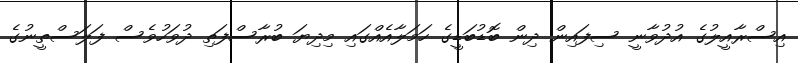
އިސްރާއީލުގެ އުދުވާނީ ސިފައިން ދިން ބޮޑުބަޑީގެ ހަމަލާއެއްގައި މިދިޔަ ބުރާސްފަތި ދުވަހުވެސް ފަލަސްތީނުގެ